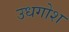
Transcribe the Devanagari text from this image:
उधगोश